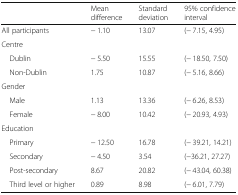
<table><thead><tr><td>[EMPTY_CELL]</td><td><b>Mean difference</b></td><td><b>Standard deviation</b></td><td><b>95% confidence interval</b></td></tr></thead><tbody><tr><td>All participants</td><td>− 1.10</td><td>13.07</td><td>(− 7.15, 4.95)</td></tr><tr><td colspan="4">Centre</td></tr><tr><td> Dublin</td><td>− 5.50</td><td>15.55</td><td>(− 18.50, 7.50)</td></tr><tr><td> Non-Dublin</td><td>1.75</td><td>10.87</td><td>(− 5.16, 8.66)</td></tr><tr><td colspan="4">Gender</td></tr><tr><td> Male</td><td>1.13</td><td>13.36</td><td>(− 6.26, 8.53)</td></tr><tr><td> Female</td><td>− 8.00</td><td>10.42</td><td>(− 20.93, 4.93)</td></tr><tr><td colspan="4">Education</td></tr><tr><td> Primary</td><td>− 12.50</td><td>16.78</td><td>(− 39.21, 14.21)</td></tr><tr><td> Secondary</td><td>− 4.50</td><td>3.54</td><td>(−36.21, 27.27)</td></tr><tr><td> Post-secondary</td><td>8.67</td><td>20.82</td><td>(− 43.04, 60.38)</td></tr><tr><td> Third level or higher</td><td>0.89</td><td>8.98</td><td>(− 6.01, 7.79)</td></tr></tbody></table>